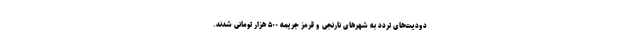
دودیت‌های تردد به شهرهای نارنجی و قرمز جریمه ۵۰۰ هزار تومانی شدند.